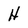
Character: H